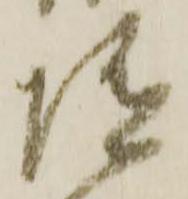
随